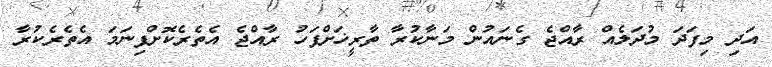
އަދި މިފަދަ މުދަލެއް ރާއްޖެ ގެނައުން މަނާކުރާ ތާރީޚަށްފަހު ރާއްޖެ އެތެރެކޮށްފިނަމަ އެތެރެކުރާ